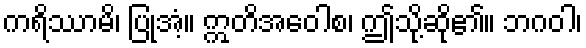
ကရိဿာမိ၊ ပြုအံ့။ ဣတိအဝေါစ၊ ဤသို့ဆို၏။ ဘဂဝါ၊